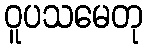
ဝူပသမေတု